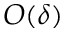
O ( \delta )